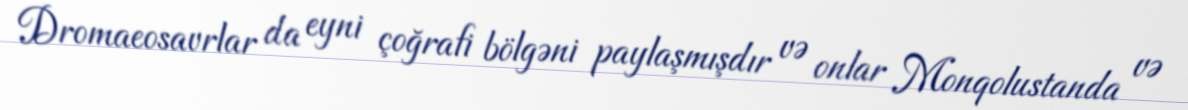
Dromaeosavrlar da eyni çoğrafi bölgəni paylaşmışdır və onlar Monqolustanda və